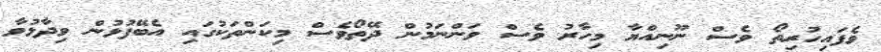
ވެފައިހުރިތޯ ވެސް ނޫނިއްޔާ މިހާރު ވެސް ވަންނަމުން ދޭތޯވެސް މިކަންތަކުގައި އެބޭފުޅުން ވިދާޅުވާ